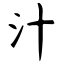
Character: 汁